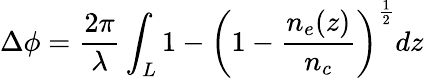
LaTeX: \Delta\phi=\frac{2\pi}{\lambda}\int_{L}1-\left(1-\frac{n_{e}(z)}{n_{c}}\right)^{\frac{1}{2}}dz